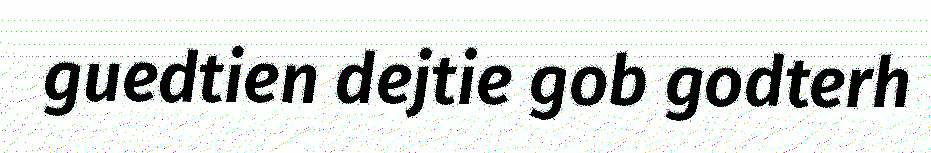
guedtien dejtie gob godterh